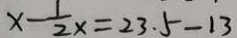
x - \frac { 1 } { 2 } x = 2 3 . 5 - 1 3